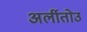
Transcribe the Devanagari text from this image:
अर्लीतोउ